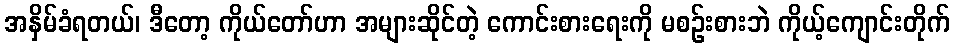
အနှိမ်ခံရတယ်၊ ဒီတော့ ကိုယ်တော်ဟာ အများဆိုင်တဲ့ ကောင်းစားရေးကို မစဉ်းစားဘဲ ကိုယ့်ကျောင်းတိုက်